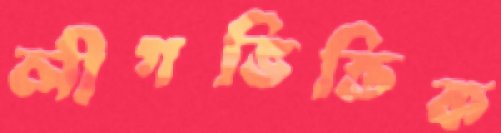
লীগভিত্তিক